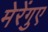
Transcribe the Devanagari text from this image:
मेरेंगुए